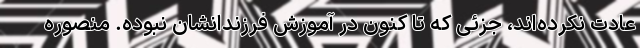
عادت نکرده‌اند، جزئی که تا کنون در آموزش فرزندانشان نبوده. منصوره